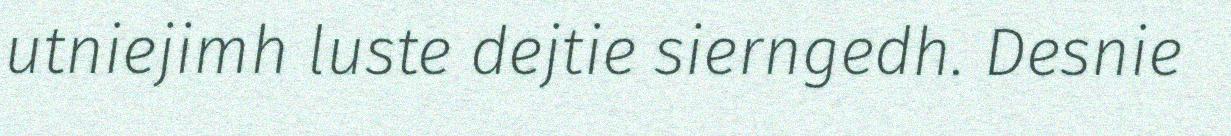
utniejimh luste dejtie sierngedh. Desnie